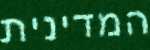
המדינית